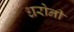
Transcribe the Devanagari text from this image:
धरोनी